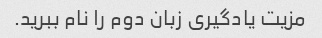
مزیت یادگیری زبان دوم را نام ببرید.